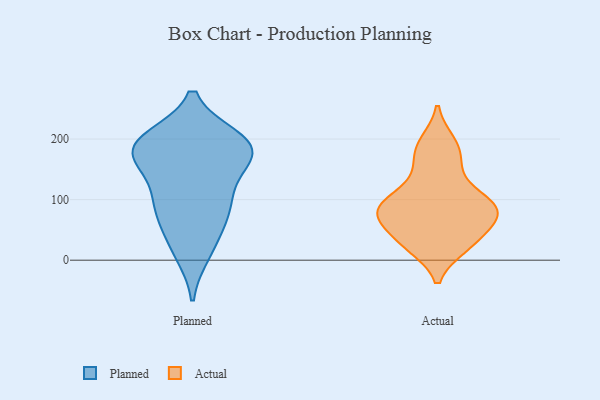
{"axis": {"x": "Energy Usage (MWh)", "y": "Value"}, "legend": ["Actual", "Planned"], "data": [{"x": "", "y": 193, "type": "Planned"}, {"x": "", "y": 110, "type": "Planned"}, {"x": "", "y": 74, "type": "Planned"}, {"x": "", "y": 179, "type": "Planned"}, {"x": "", "y": 200, "type": "Planned"}, {"x": "", "y": 65, "type": "Planned"}, {"x": "", "y": 178, "type": "Planned"}, {"x": "", "y": 101, "type": "Planned"}, {"x": "", "y": 163, "type": "Planned"}, {"x": "", "y": 193, "type": "Planned"}, {"x": "", "y": 22, "type": "Planned"}, {"x": "", "y": 198, "type": "Planned"}, {"x": "", "y": 184, "type": "Planned"}, {"x": "", "y": 93, "type": "Planned"}, {"x": "", "y": 12, "type": "Planned"}, {"x": "", "y": 155, "type": "Planned"}, {"x": "", "y": 23, "type": "Actual"}, {"x": "", "y": 82, "type": "Actual"}, {"x": "", "y": 179, "type": "Actual"}, {"x": "", "y": 194, "type": "Actual"}, {"x": "", "y": 111, "type": "Actual"}, {"x": "", "y": 150, "type": "Actual"}, {"x": "", "y": 64, "type": "Actual"}, {"x": "", "y": 76, "type": "Actual"}, {"x": "", "y": 78, "type": "Actual"}, {"x": "", "y": 33, "type": "Actual"}, {"x": "", "y": 86, "type": "Actual"}, {"x": "", "y": 27, "type": "Actual"}, {"x": "", "y": 97, "type": "Actual"}]}